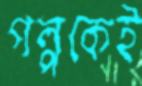
গল্পকেই